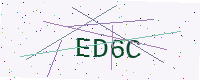
Text: ED6C